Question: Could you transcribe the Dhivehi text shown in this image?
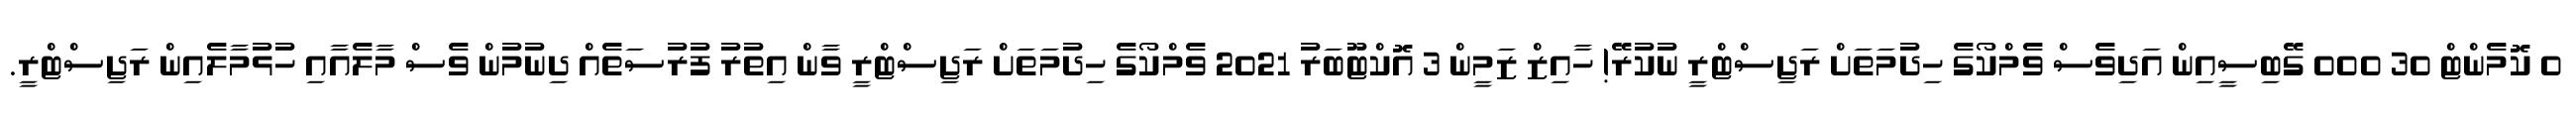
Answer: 0 ކޮމެންޓް 30 000 ގޭބިސީއިން އަދިވެސް ވެމްކޯގެ ހިދުމަތަށް ރަޖިސްޓްރީ ނުކުރޭ! ހާއިޒް ޒަމީން 3 އޮކްޓޫބަރު 2021 ވެމްކޯގެ ހިދުމަތަށް ރަޖިސްޓްރީ ވާން އިތުރު ފުރުސަތެއް ދިނުމުން ވެސް މާލެއާއި ހުޅުމާލެއިން ރަޖިސްޓްރީ.